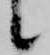
候